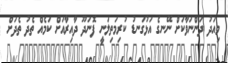
މިއަދު ދަންނަވާކަށް ނޭނގެ އަޅުގަނޑު ކުރިމަތިލަނީ ފޮނަދޫ ދާާއިރާއަށް ކަމެއް ތެދު ތެދަށް